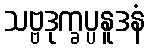
သဗ္ဗဒုက္ခပ္ပနူဒနံ